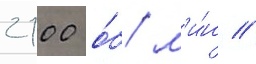
2100 о́б/ м'и́н //